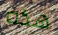
هذه